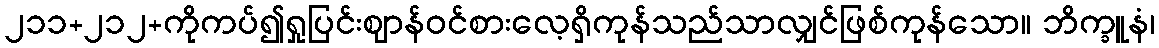
၂၁၁+၂၁၂+ကိုကပ်၍ရှုပြင်းဈာန်ဝင်စားလေ့ရှိကုန်သည်သာလျှင်ဖြစ်ကုန်သော။ ဘိက္ခူနံ၊